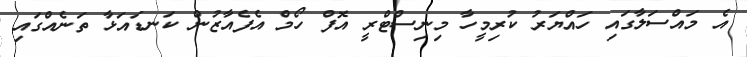
އެ މައްސަލާގައި ހައްޔަރު ކުރިމީހާ މިނިސްޓްރީ އޮފް ހޯމް އެފެއާޒުން ކަނޑައަޅާ ތަނެއްގައި